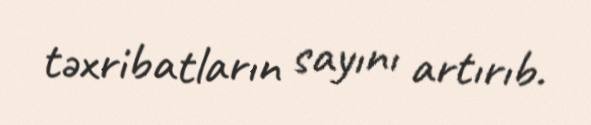
təxribatların sayını artırıb.